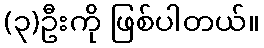
(၃)ဦးကို ဖြစ်ပါတယ်။